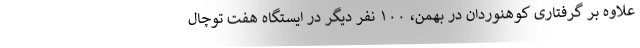
علاوه بر گرفتاری کوهنوردان در بهمن، ۱۰۰ نفر دیگر در ایستگاه هفت توچال